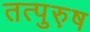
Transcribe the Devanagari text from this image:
तत्पुरु़ष